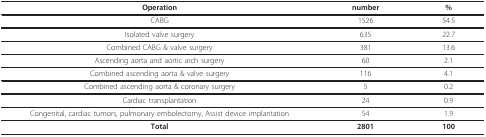
| Operation | number | % |
 | --- | --- | --- |
 | CABG | 1526 | 54.5 |
 | Isolated valve surgery | 635 | 22.7 |
 | Combined CABG & valve surgery | 381 | 13.6 |
 | Ascending aorta and aortic arch surgery | 60 | 2.1 |
 | Combined ascending aorta & valve surgery | 116 | 4.1 |
 | Combined ascending aorta & coronary surgery | 5 | 0.2 |
 | Cardiac transplantation | 24 | 0.9 |
 | Congenital, cardiac tumors, pulmonary embolectomy, Assist device implantation | 54 | 1.9 |
 | Total | 2801 | 100 |